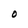
Character: O